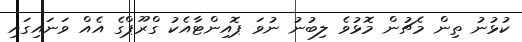
ކުޅުނު ތިން މެޗުން މޮޅުވެ ލިބުނު ނުވަ ޕޮއިންޓާއެކު ގްރޫޕްގެ އެއް ވަނައިގައި